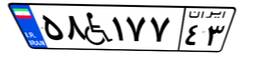
۰۰W۱۹۷۸۴